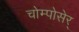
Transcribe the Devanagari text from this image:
चोम्पोसेर्